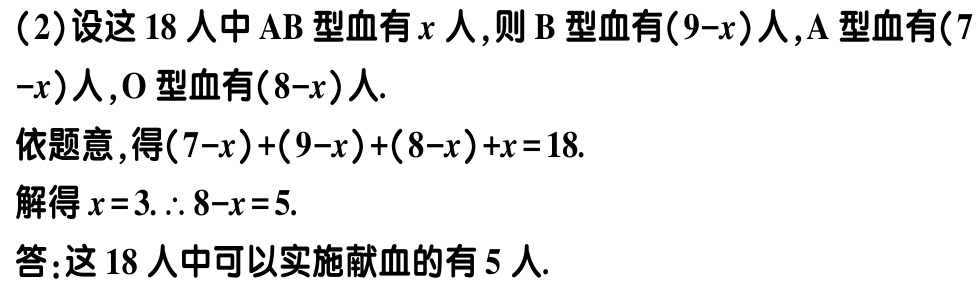
（2）设这18人中AB型血有\(x\)人，则B型血有\((9 - x)\)人，A型血有\((7 - x)\)人，O型血有\((8 - x)\)人.

依题意，得\((7 - x)+(9 - x)+(8 - x)+x = 18\).

解得\(x = 3\). \(\therefore 8 - x = 5\).

答：这18人中可以实施献血的有5人.